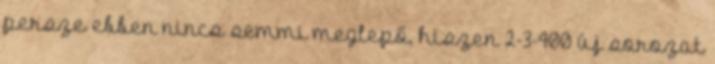
persze ebben nincs semmi meglepő, hiszen 2-3-400 új sorozat